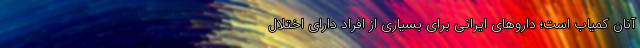
آنان کمیاب است؛ داروهای ایرانی برای بسیاری از افراد دارای اختلال